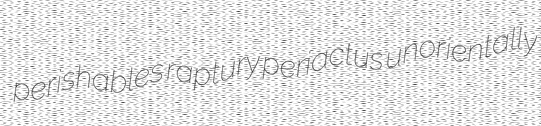
perishables raptury periactus unorientally